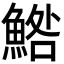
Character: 鯦